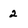
Character: 2